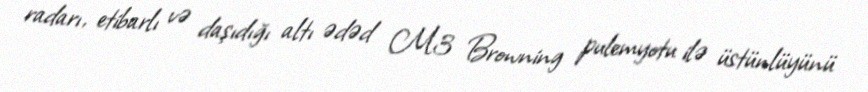
radarı, etibarlı və daşıdığı altı ədəd M3 Browning pulemyotu ilə üstünlüyünü